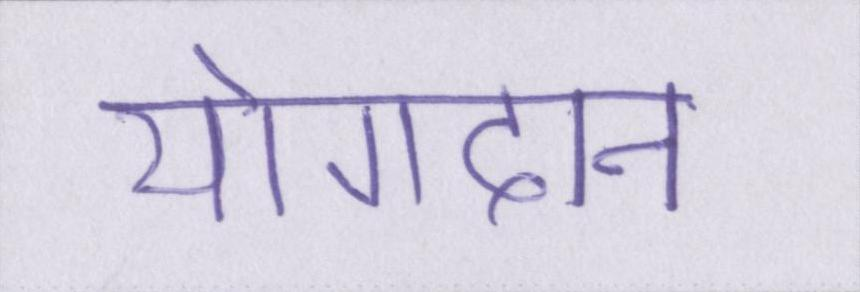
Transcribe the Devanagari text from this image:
योगदान